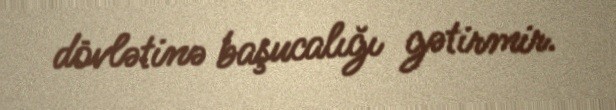
dövlətinə başucalığı gətirmir.